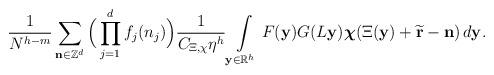
LaTeX: \begin{align*}&\frac{1}{N^{h-m}}\sum\limits_{\mathbf{n}\in \mathbb{Z}^d}\Big(\prod\limits_{j=1}^d f_j(n_j)\Big) \frac{1}{C_{\Xi,\chi}\eta^h} \int\limits_{\mathbf{y}\in \mathbb{R}^h} F(\mathbf{y}) G(L\mathbf{y}) \boldsymbol{\chi}(\Xi(\mathbf{y}) + \widetilde{\mathbf{r}} - \mathbf{n}) \, d\mathbf{y}. \end{align*}